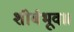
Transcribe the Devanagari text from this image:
शीर्बभूव॥